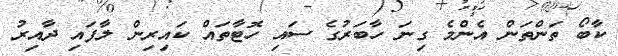
ކާބޯ ތަންތަން އެންމެ ގިނަ ހާބަރުގެ ސައި ހޮޓާތައް ކައިރިން ލާފައި ދާއިރު